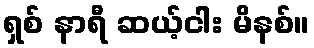
ရှစ် နာရီ ဆယ့်ငါး မိနစ်။